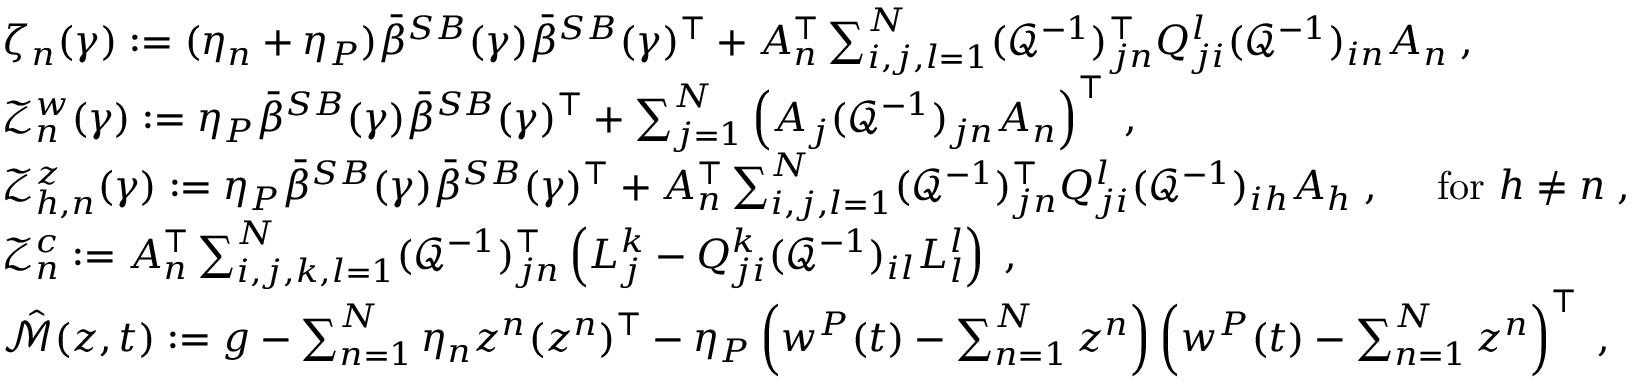
\begin{array} { r l } & { \zeta _ { n } ( \gamma ) : = ( \eta _ { n } + \eta _ { P } ) \bar { { \beta } } ^ { S B } ( \gamma ) \bar { { \beta } } ^ { S B } ( \gamma ) ^ { \top } + A _ { n } ^ { \top } \sum _ { i , j , l = 1 } ^ { N } ( \mathcal { Q } ^ { - 1 } ) _ { j n } ^ { \top } Q _ { j i } ^ { l } ( \mathcal { Q } ^ { - 1 } ) _ { i n } A _ { n } \; , } \\ & { \mathcal { Z } _ { n } ^ { w } ( \gamma ) : = \eta _ { P } \bar { { \beta } } ^ { S B } ( \gamma ) \bar { { \beta } } ^ { S B } ( \gamma ) ^ { \top } + \sum _ { j = 1 } ^ { N } \left( A _ { j } ( \mathcal { Q } ^ { - 1 } ) _ { j n } A _ { n } \right) ^ { \top } \; , } \\ & { \mathcal { Z } _ { h , n } ^ { z } ( \gamma ) : = \eta _ { P } \bar { \beta } ^ { S B } ( \gamma ) \bar { \beta } ^ { S B } ( \gamma ) ^ { \top } + A _ { n } ^ { \top } \sum _ { i , j , l = 1 } ^ { N } ( \mathcal { Q } ^ { - 1 } ) _ { j n } ^ { \top } Q _ { j i } ^ { l } ( \mathcal { Q } ^ { - 1 } ) _ { i h } A _ { h } \; , \quad \mathrm { ~ f o r ~ } h \neq n \; , } \\ & { \mathcal { Z } _ { n } ^ { c } : = A _ { n } ^ { \top } \sum _ { i , j , k , l = 1 } ^ { N } ( \mathcal { Q } ^ { - 1 } ) _ { j n } ^ { \top } \left( L _ { j } ^ { k } - Q _ { j i } ^ { k } ( \mathcal { Q } ^ { - 1 } ) _ { i l } L _ { l } ^ { l } \right) \; , } \\ & { \hat { \mathcal { M } } ( z , t ) : = g - \sum _ { n = 1 } ^ { N } \eta _ { n } z ^ { n } ( z ^ { n } ) ^ { \top } - \eta _ { P } \left( w ^ { P } ( t ) - \sum _ { n = 1 } ^ { N } z ^ { n } \right) \left( w ^ { P } ( t ) - \sum _ { n = 1 } ^ { N } z ^ { n } \right) ^ { \top } \; , } \end{array}